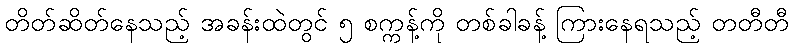
တိတ်ဆိတ်နေသည့် အခန်းထဲတွင် ၅ စက္ကန့်ကို တစ်ခါခန့် ကြားနေရသည့် တတီတီ